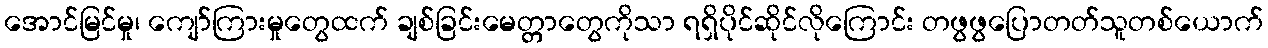
အောင်မြင်မှု၊ ကျော်ကြားမှုတွေထက် ချစ်ခြင်းမေတ္တာတွေကိုသာ ရရှိပိုင်ဆိုင်လိုကြောင်း တဖွဖွပြောတတ်သူတစ်ယောက်